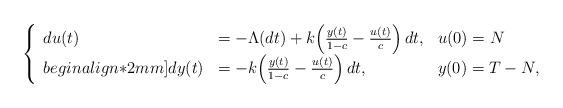
LaTeX: \begin{align*}\left\{\begin{array}{lll}du(t)&=-\Lambda(dt)+k\Big(\frac{y(t)}{1-c}-\frac{u(t)}{c}\Big)\,dt,&u(0)=N\\begin{align*}2mm]dy(t) &=-k\Big(\frac{y(t)}{1-c}-\frac{u(t)}{c}\Big)\,dt,&y(0)=T-N,\end{array}\right. \end{align*}